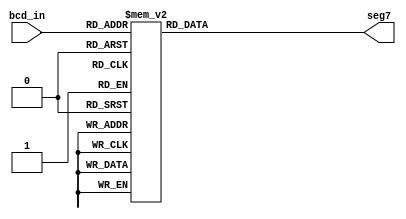
module bcd_to_seg7_1(bcd_in,seg7);

input	[3:0]bcd_in;
output	[6:0]seg7;
reg		[6:0]seg7;

always@ (bcd_in)
	case(bcd_in) // abcdefg
			4'b0000: seg7 = 7'b1111110; // 0
			4'b0001: seg7 = 7'b0110000; // 1
			4'b0010: seg7 = 7'b1101101;
			4'b0011: seg7 = 7'b1111001;
			4'b0100: seg7 = 7'b0110011;
			4'b0101: seg7 = 7'b1011011;
			4'b0110: seg7 = 7'b1011111;
			4'b0111: seg7 = 7'b1110000;
			4'b1000: seg7 = 7'b1111111;
			4'b1001: seg7 = 7'b1111011;
			default: seg7 = 7'b0000001; 
	endcase
endmodule